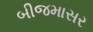
બીજમાસર